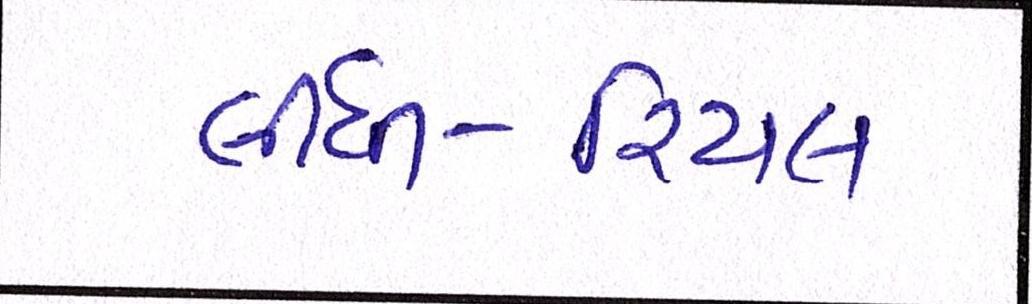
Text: લીધી-રિયલ